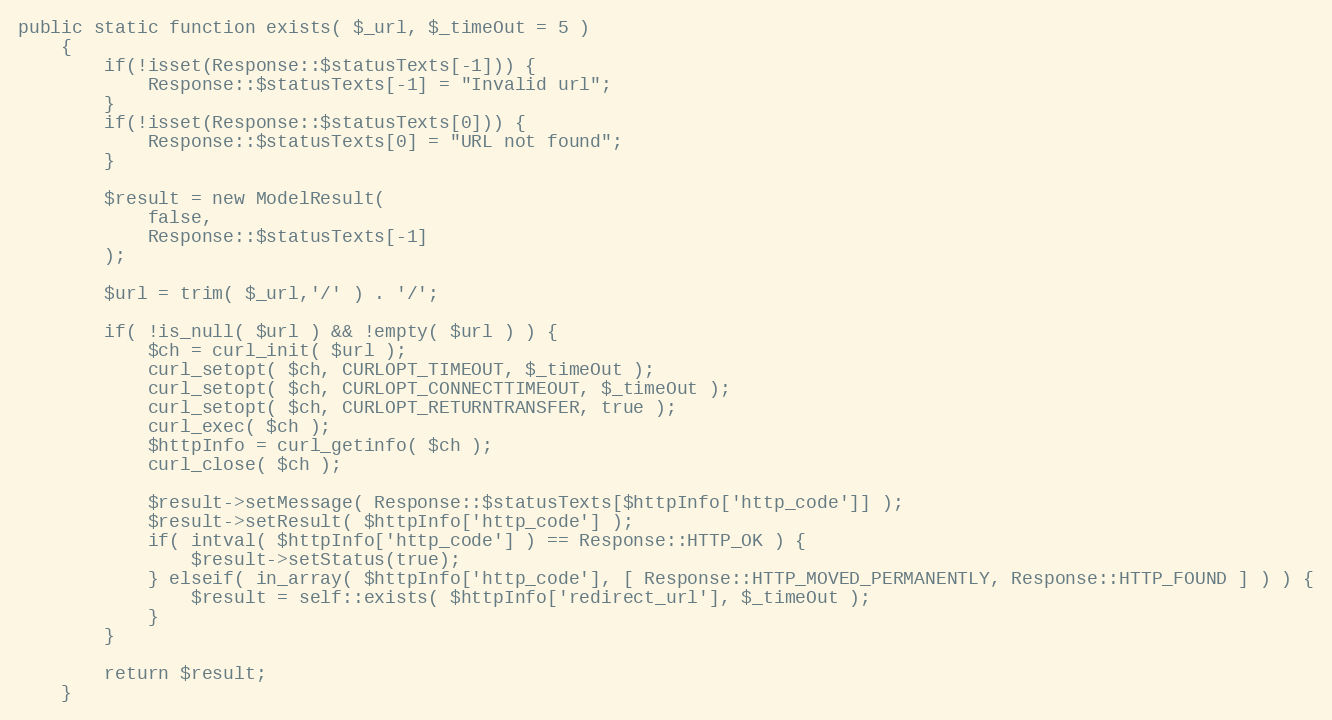
Language: PHP
public static function exists( $_url, $_timeOut = 5 )
    {
        if(!isset(Response::$statusTexts[-1])) {
            Response::$statusTexts[-1] = "Invalid url";
        }
        if(!isset(Response::$statusTexts[0])) {
            Response::$statusTexts[0] = "URL not found";
        }

        $result = new ModelResult(
            false,
            Response::$statusTexts[-1]
        );

        $url = trim( $_url,'/' ) . '/';

        if( !is_null( $url ) && !empty( $url ) ) {
            $ch = curl_init( $url );
            curl_setopt( $ch, CURLOPT_TIMEOUT, $_timeOut );
            curl_setopt( $ch, CURLOPT_CONNECTTIMEOUT, $_timeOut );
            curl_setopt( $ch, CURLOPT_RETURNTRANSFER, true );
            curl_exec( $ch );
            $httpInfo = curl_getinfo( $ch );
            curl_close( $ch );

            $result->setMessage( Response::$statusTexts[$httpInfo['http_code']] );
            $result->setResult( $httpInfo['http_code'] );
            if( intval( $httpInfo['http_code'] ) == Response::HTTP_OK ) {
                $result->setStatus(true);
            } elseif( in_array( $httpInfo['http_code'], [ Response::HTTP_MOVED_PERMANENTLY, Response::HTTP_FOUND ] ) ) {
                $result = self::exists( $httpInfo['redirect_url'], $_timeOut );
            }
        }

        return $result;
    }